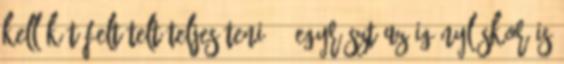
kell két feltételt teljesíteni: – egyrészt az igényléskor is